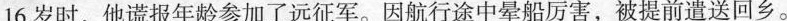
16岁时，他谎报年龄参加了远征军。因航行途中晕船厉害，被提前遣送回乡。